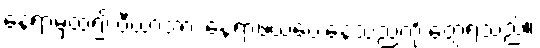
နေရာမှထ၍ ပီယာအား နေရာဖယ်ပေးနေသည်ကို တွေ့ရသည်။